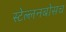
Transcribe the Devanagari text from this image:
स्‍टेल्‍लनबोसच